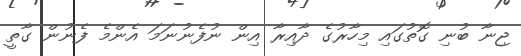
ޖިނާ ބުނި ގޮތުގައި މިހާރުގެ ދާއިރާ އިން ނުފެނުނަމަ އެންމެ ފެނުން ގާތީ